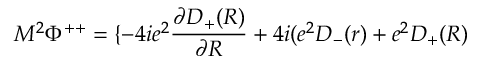
M ^ { 2 } { \Phi } ^ { + + } = \{ - 4 i e ^ { 2 } \frac { { \partial } D _ { + } ( R ) } { { \partial } R } + 4 i ( e ^ { 2 } D _ { - } ( r ) + e ^ { 2 } D _ { + } ( R )